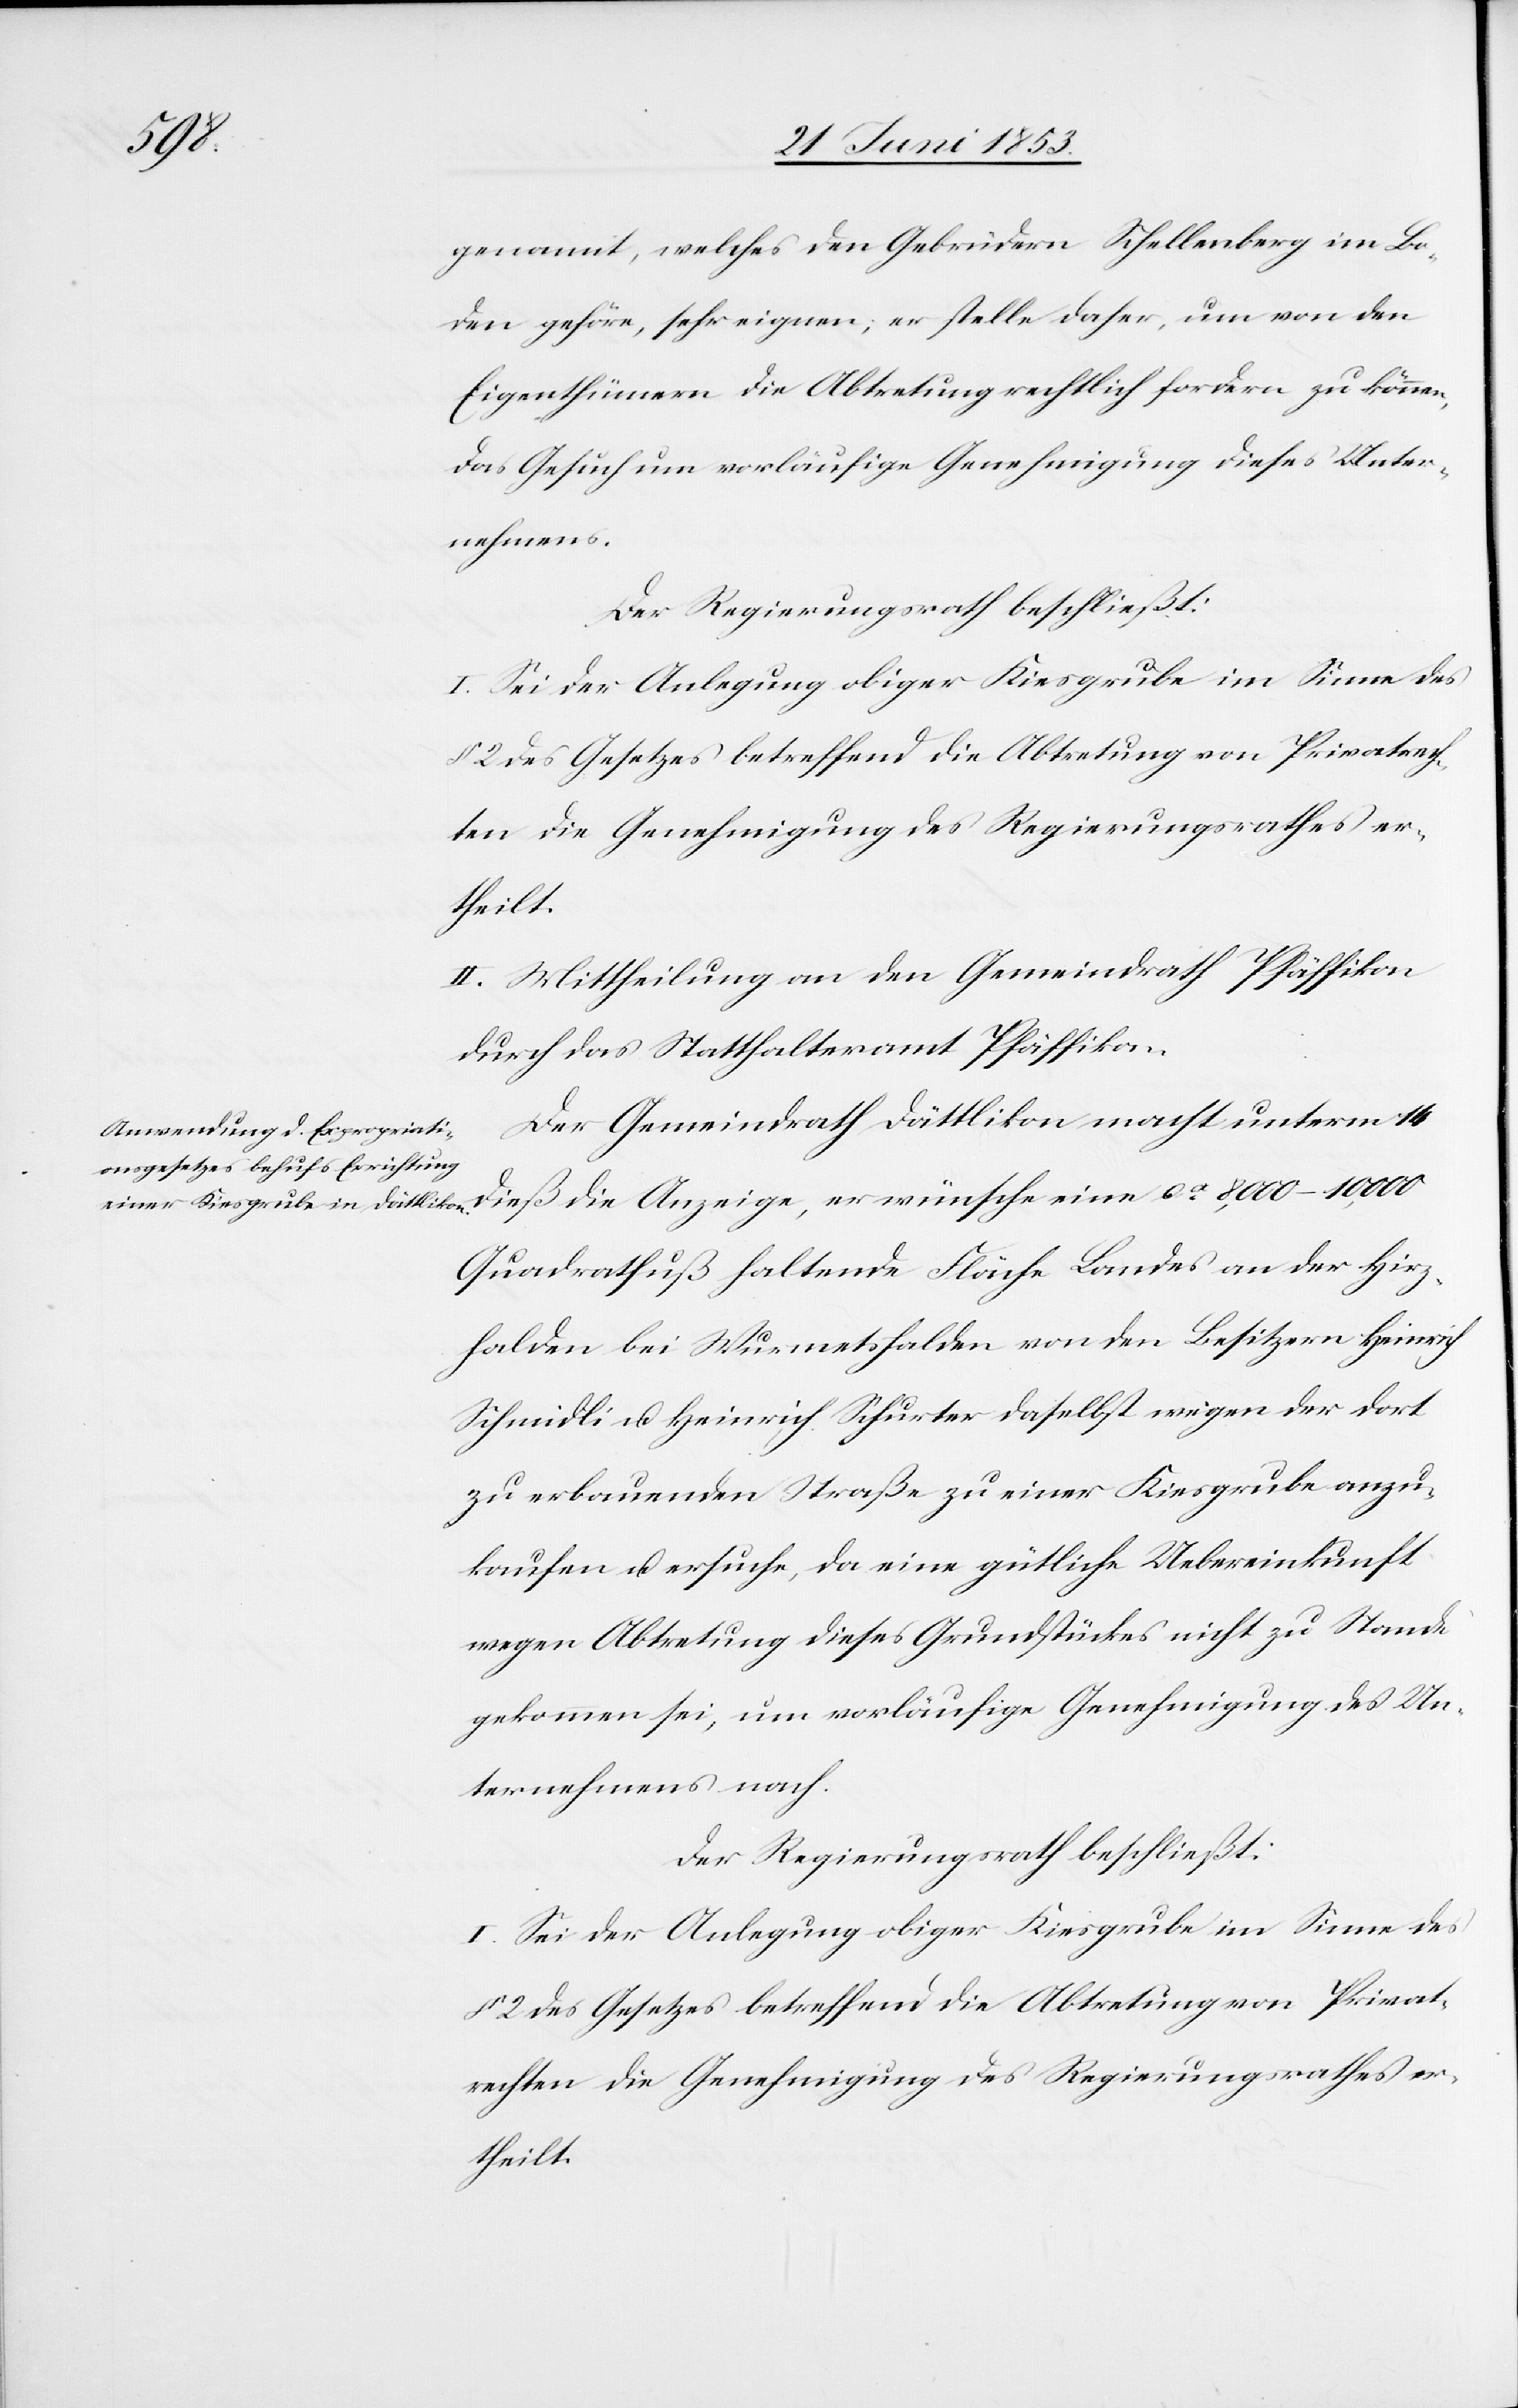
genannt, welches den Gebrüdern Schellenberg im Bo¬
den gehöre, sehr eignen, er stelle daher, um von den
Eigenthümern die Abtretung rechtlich fordern zu können,
das Gesuch um vorläufige Genehmigung dieses Unter¬
nehmens.
Der Regierungsrath beschließt:
I. Sei der Anlegung obiger Kiesgrube im Sinne des
II. Mittheilung an den Gemeindrath Pfäffikon
durch das Statthalteramt Pfäffikon.
Der Gemeindrath Dättlikon macht unterm 14
dieß die Anzeige, er wünsche eine ca. 8,000–10,000
Quadratfuß haltende Fläche Landes an der Hirz¬
halden bei Wurmetshalden von den Besitzern Heinrich
Schmidli u. Heinrich Schurter daselbst wegen der dort
zu erbauenden Straße zu einer Kiesgrube anzu¬
kaufen u. ersuche, da eine gütliche Übereinkunft
wegen Abtretung dieses Grundstückes nicht zu Stande
gekommen sei, um vorläufige Genehmigung des Un¬
ternehmens nach.
Der Regierungsrath beschließt:
I. Sei der Anlegung obiger Kiesgrube im Sinne des
§ 2 des Gesetzes betreffend die Abtretung von Privat¬
rechten die Genehmigung des Regierungsrathes er¬
theilt.